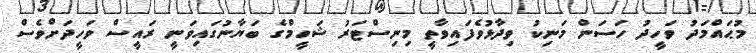
މުޙައްމަދު ވަހީދު ހަސަން މަނިކު ވިދާޅުވެފައިވާތީ މިނިސްޓަރު ޝަހީމްގެ ބަޔާނުގައިވަނީ ރައީސް ވަހީދަށްވެސް